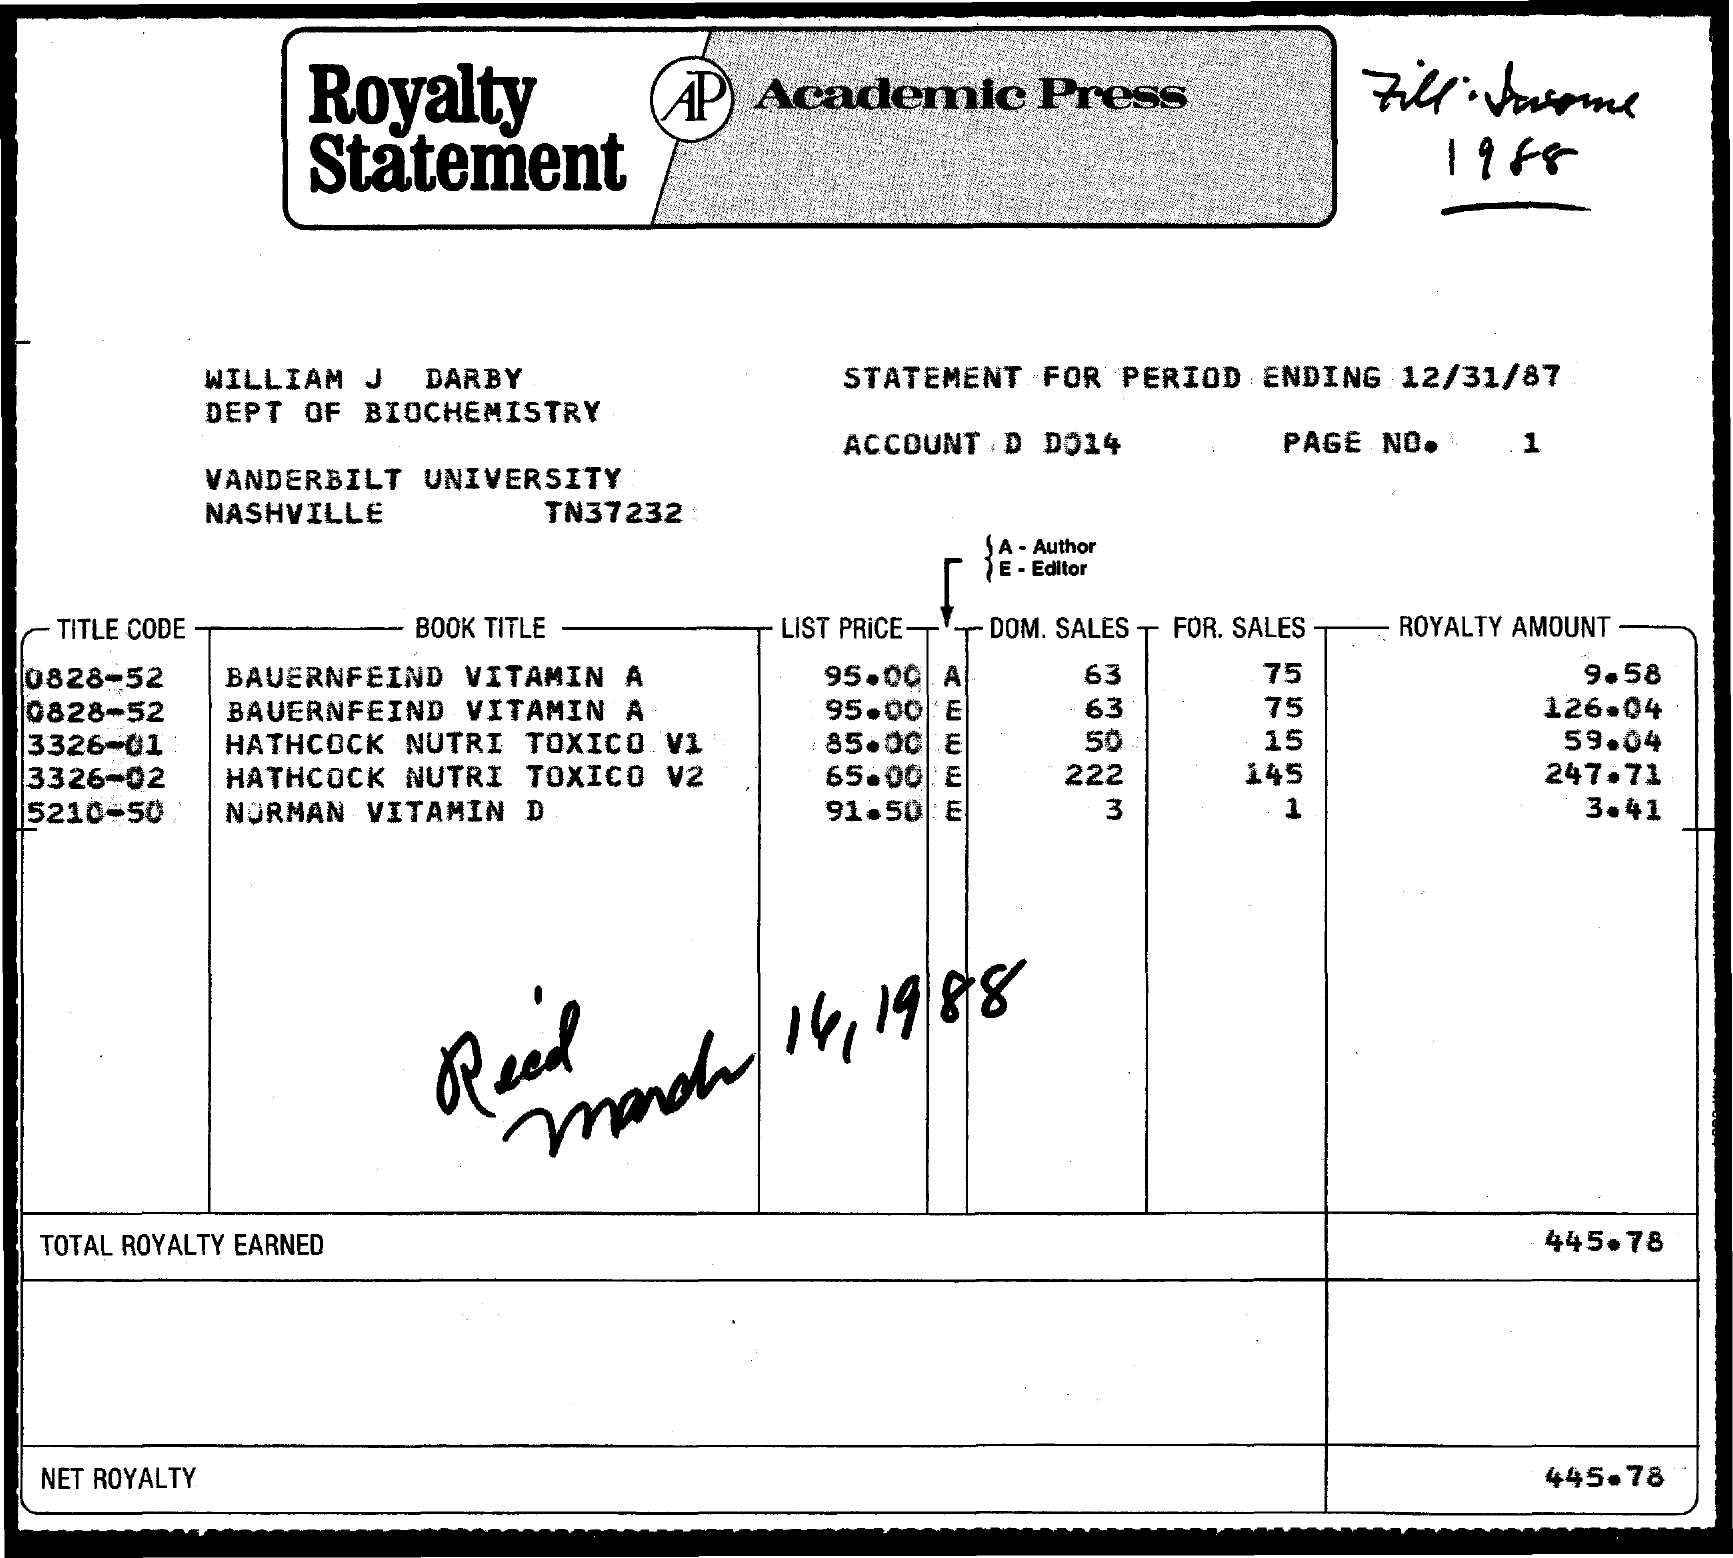
Royalty    AP) Academic  Press    Fill : forsome
     Statement    1958
     WILLIAM J DARBY    STATEMENT FOR PERIOD ENDING 12/31/87
     DEPT OF BIOCHEMISTRY
     ACCOUNT . D DO14 PAGE NO. 1
     VANDERBILT UNIVERSITY
     NASHVILLE    TN37232
     A - Author
     E - Editor
  TITLE CODE    BOOK TITLE    LIST PRICE- DOM. SALES - FOR. SALES ROYALTY AMOUNT
  0828-52 BAUERNFEIND VITAMIN A 95.00. A  63    75    9.58
  0828-52 BAUERNFEIND VITAMIN A 95.00    63    75    126.04
  3326-01 HATHCOCK NUTRI TOXICO V1 85.00  50    15    59.04
  3326-02 HATHCOCK NUTRI TOXICO V2 65.00 222    145    247.71
  5210-50 NORMAN VITAMIN D    91.50 E    3    1    3.41
     Reed march
     14, 19/8/8
  TOTAL ROYALTY EARNED    445.78
  NET ROYALTY    445.78